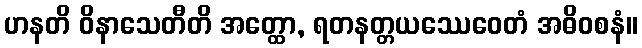
ဟနတိ ဝိနာသေတီတိ အတ္ထော, ရတနတ္တယဿေဝေတံ အဓိဝစနံ။